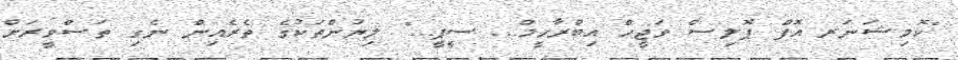
"ކޮމިޝަނަރ އޮފް ޕޮލިސް ވަޖީހް އިބްރާހީމް... ސީޕީ..." ލިޔުންތަކުގެ ތެރެއިން ނެގި ތަސްވީރަށް